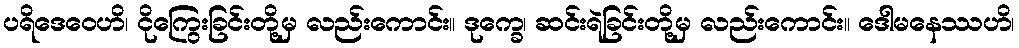
ပရိဒေဝေဟိ၊ ငိုကြွေးခြင်းတို့မှ လည်းကောင်း။ ဒုက္ခေ၊ ဆင်းရဲခြင်းတို့မှ လည်းကောင်း။ ဒေါမနေဿဟိ၊